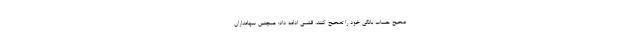
صحیح حساب بانکی خود را تصحیح کنند. قشمی ادامه داد: همچنین سهامداران